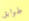
طوابق